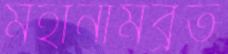
মহানামব্রত